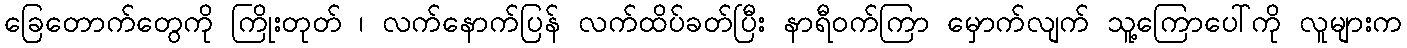
ခြေတောက်တွေကို ကြိုးတုတ် ၊ လက်နောက်ပြန် လက်ထိပ်ခတ်ပြီး နာရီဝက်ကြာ မှောက်လျက် သူ့ကြောပေါ်ကို လူများက